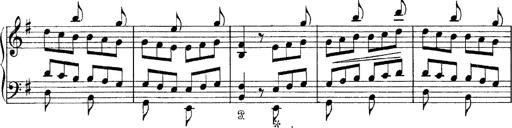
Title: Tarantelle di bravura dâ€™aprÃ¨s la tarantelle de La muette de Portici
Composer: Franz Liszt